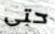
حتى